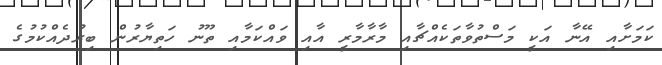
ކަމަށާއި އޭނާ އަކީ މަސްތުވާތަކެއްޗާއި މާރާމާރީ އާއި ވައްކަމާއި ތޫނު ހަތިޔާރުން ބިރުދެއްކުމުގެ